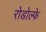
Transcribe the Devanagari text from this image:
रोडोल्फे